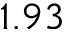
1 . 9 3